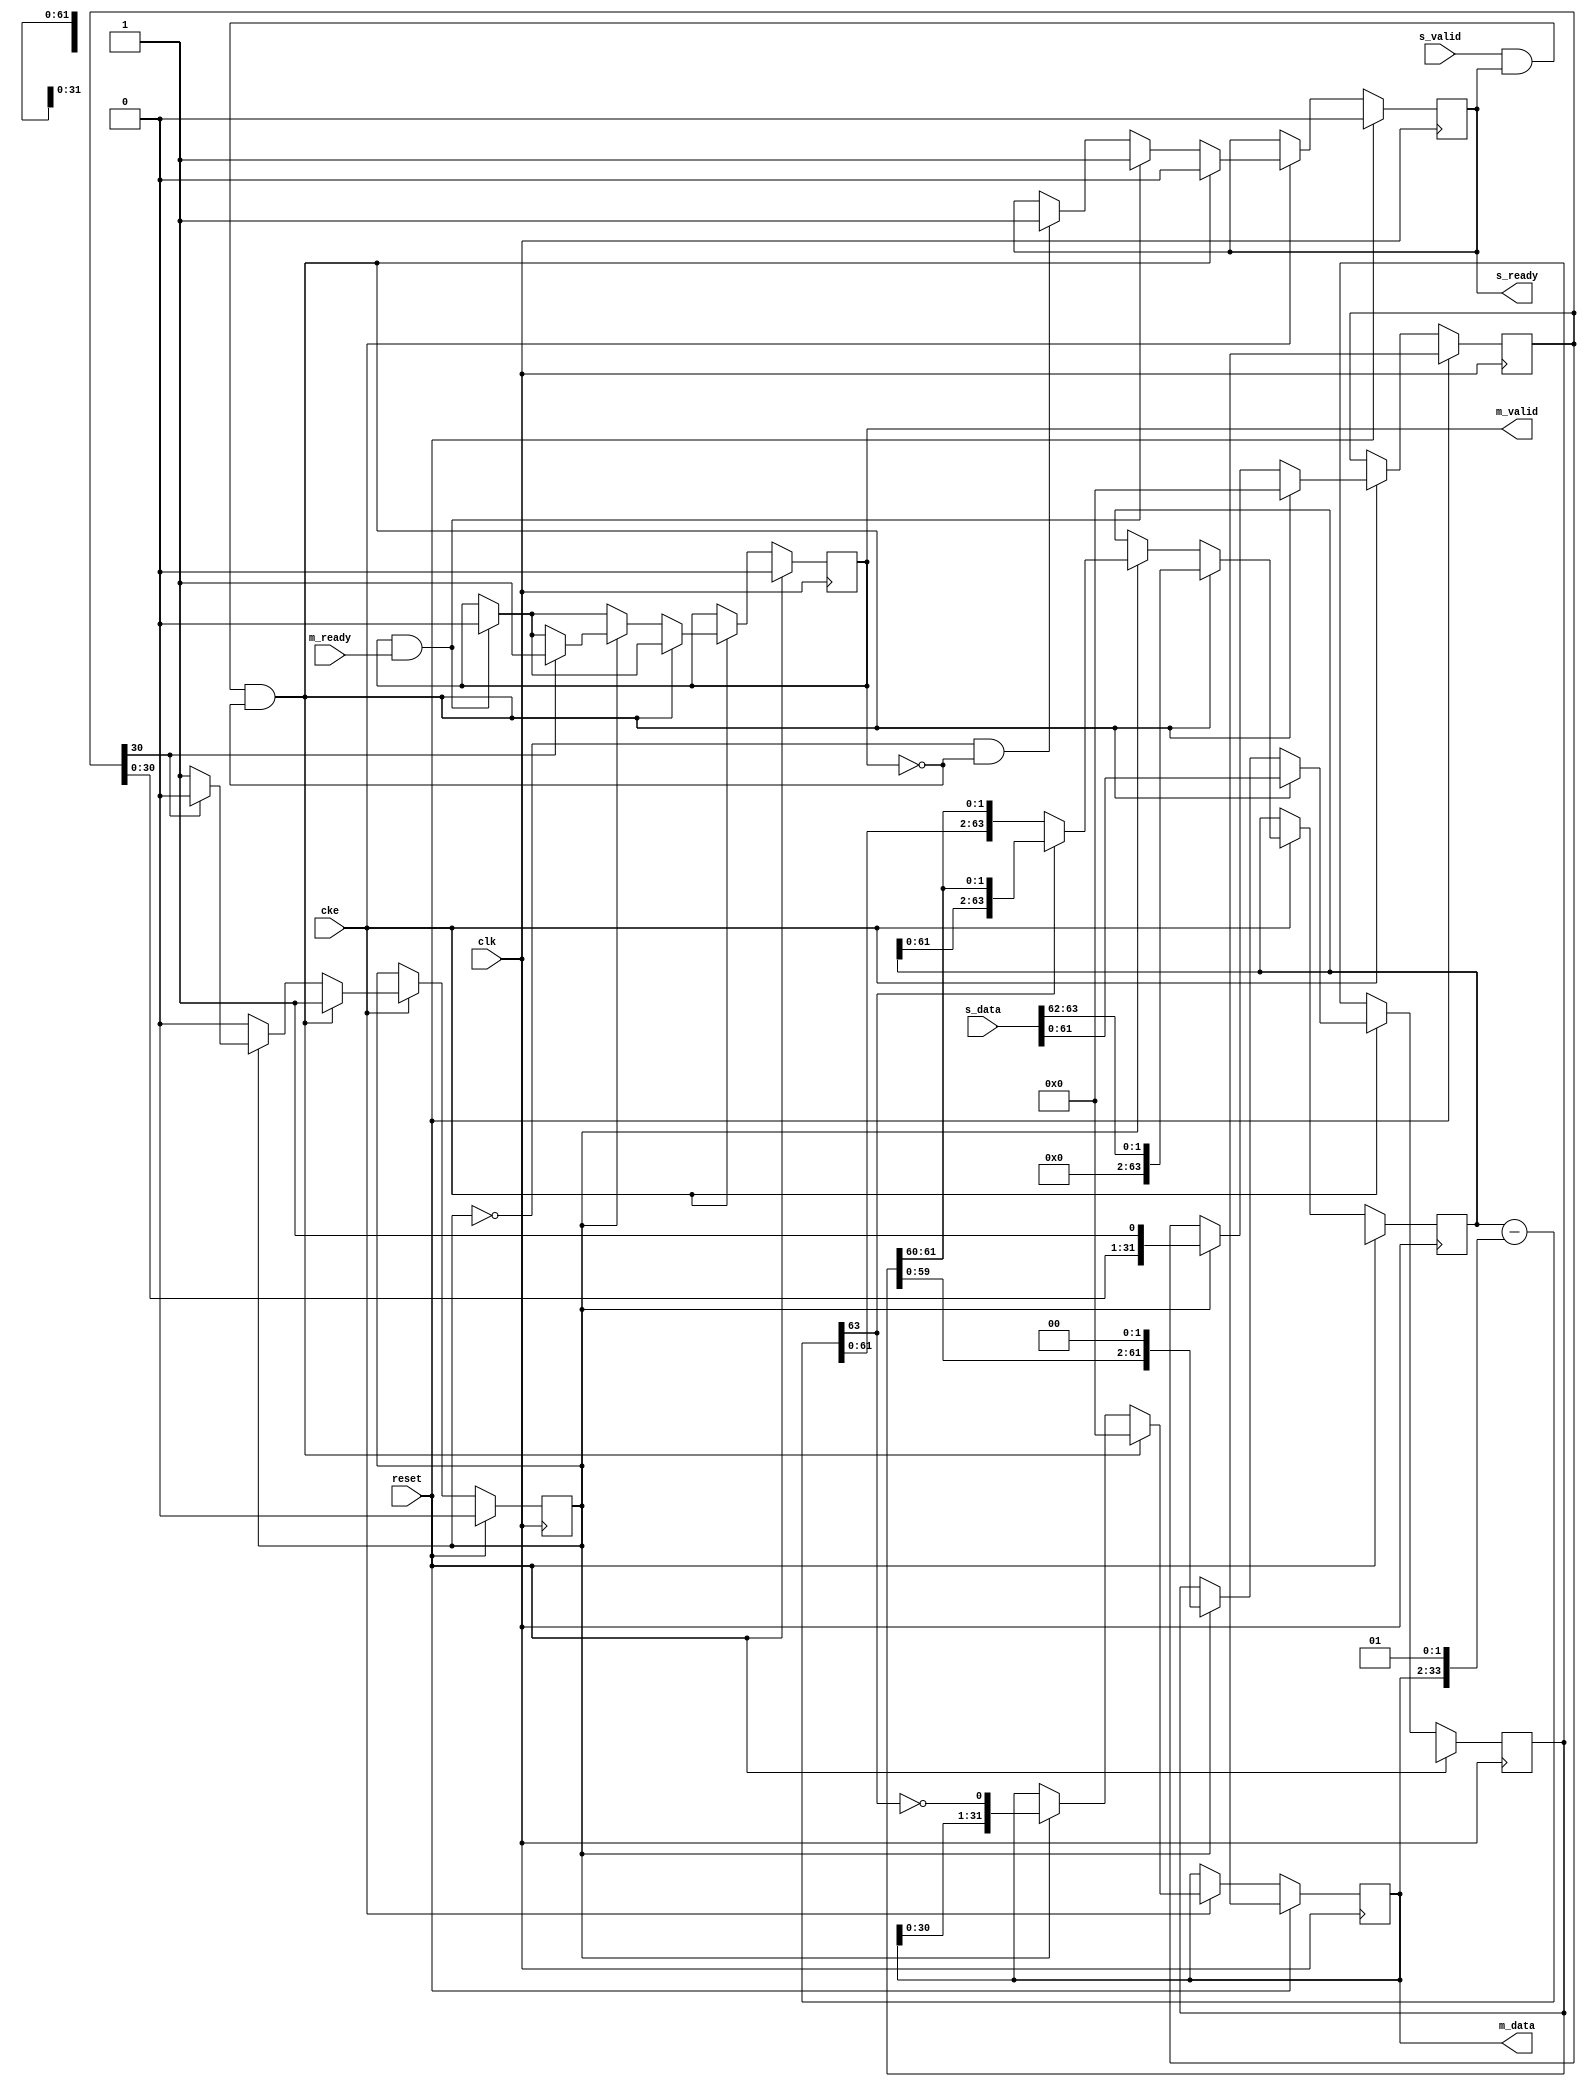
// ---------------------------------------------------------------------------
//  Jelly  -- The platform for real-time computing
//
//                                 Copyright (C) 2008-2020 by Ryuji Fuchikami
//                                 https://github.com/ryuz/jelly.git
// ---------------------------------------------------------------------------



`timescale 1ns / 1ps
`default_nettype none



// 
module jelly_unsigned_sqrt_multicycle
        #(
            parameter   DATA_WIDTH = 32
        )
        (
            input   wire                        reset,
            input   wire                        clk,
            input   wire                        cke,
            
            // input
            input   wire    [2*DATA_WIDTH-1:0]  s_data,
            input   wire                        s_valid,
            output  wire                        s_ready,
            
            // output
            output  wire    [DATA_WIDTH-1:0]    m_data,
            output  wire                        m_valid,
            input   wire                        m_ready
        );
    
    reg                             reg_busy;
    reg                             reg_ready;
    reg                             reg_valid;
    
    reg     [DATA_WIDTH-1:0]        reg_counter;
    reg     [DATA_WIDTH-1:0]        reg_q;
    reg     [2*DATA_WIDTH-1:0]      reg_r;
    reg     [2*DATA_WIDTH-2-1:0]    reg_z;
    
    
    wire    [2*DATA_WIDTH-1:0]    remainder = reg_r - {1'b0, reg_q, 2'b01};
    wire                          r_sign    = ~remainder[2*DATA_WIDTH-1];
    
    always @(posedge clk) begin
        if ( reset ) begin
            reg_busy    <= 1'b0;
            reg_ready   <= 1'b0;
            reg_valid   <= 1'b0;
            reg_counter <= {DATA_WIDTH{1'bx}};
            reg_q       <= {DATA_WIDTH{1'bx}};
            reg_r       <= {(2*DATA_WIDTH){1'bx}};
            reg_z       <= {(2*DATA_WIDTH-2){1'bx}};
        end
        else if ( cke ) begin
            if ( !reg_busy && !reg_valid ) begin
                reg_ready <= 1'b1;
            end
            
            if ( m_valid & m_ready ) begin
                reg_valid <= 1'b0;
                reg_ready <= 1'b1;
            end
            
            if ( s_valid & s_ready & !m_valid ) begin
                // start
                {reg_r, reg_z} <= s_data;
                reg_q          <= 0;
                reg_busy       <= 1'b1;
                reg_ready      <= 1'b0;
                reg_counter    <= 0;
            end
            else if ( reg_busy ) begin
                reg_q <= {reg_q, r_sign};
                if ( r_sign ) begin
                    {reg_r, reg_z} <= {remainder, reg_z} << 2;
                end
                else begin
                    {reg_r, reg_z} <= {reg_r, reg_z} << 2;
                end
                reg_counter = {reg_counter, 1'b1};
                if ( reg_counter[DATA_WIDTH-1] ) begin
                    reg_busy  <= 1'b0;
                    reg_valid <= 1'b1;
                end
            end
        end
    end
    
    assign s_ready = reg_ready;
    
    assign m_data  = reg_q;
    assign m_valid = reg_valid;
    
endmodule


`default_nettype wire


// end of file